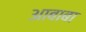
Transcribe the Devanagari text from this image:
आबाबा